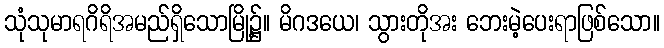
သုံသုမာရဂိရိအမည်ရှိသောမြို့၌။ မိဂဒယေ၊ သွားတိုအး ဘေးမဲ့ပေးရာဖြစ်သော။